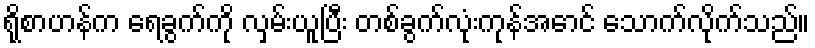
ရိုစာဟန်က ရေခွက်ကို လှမ်းယူပြီး တစ်ခွက်လုံးကုန်အောင် သောက်လိုက်သည်။